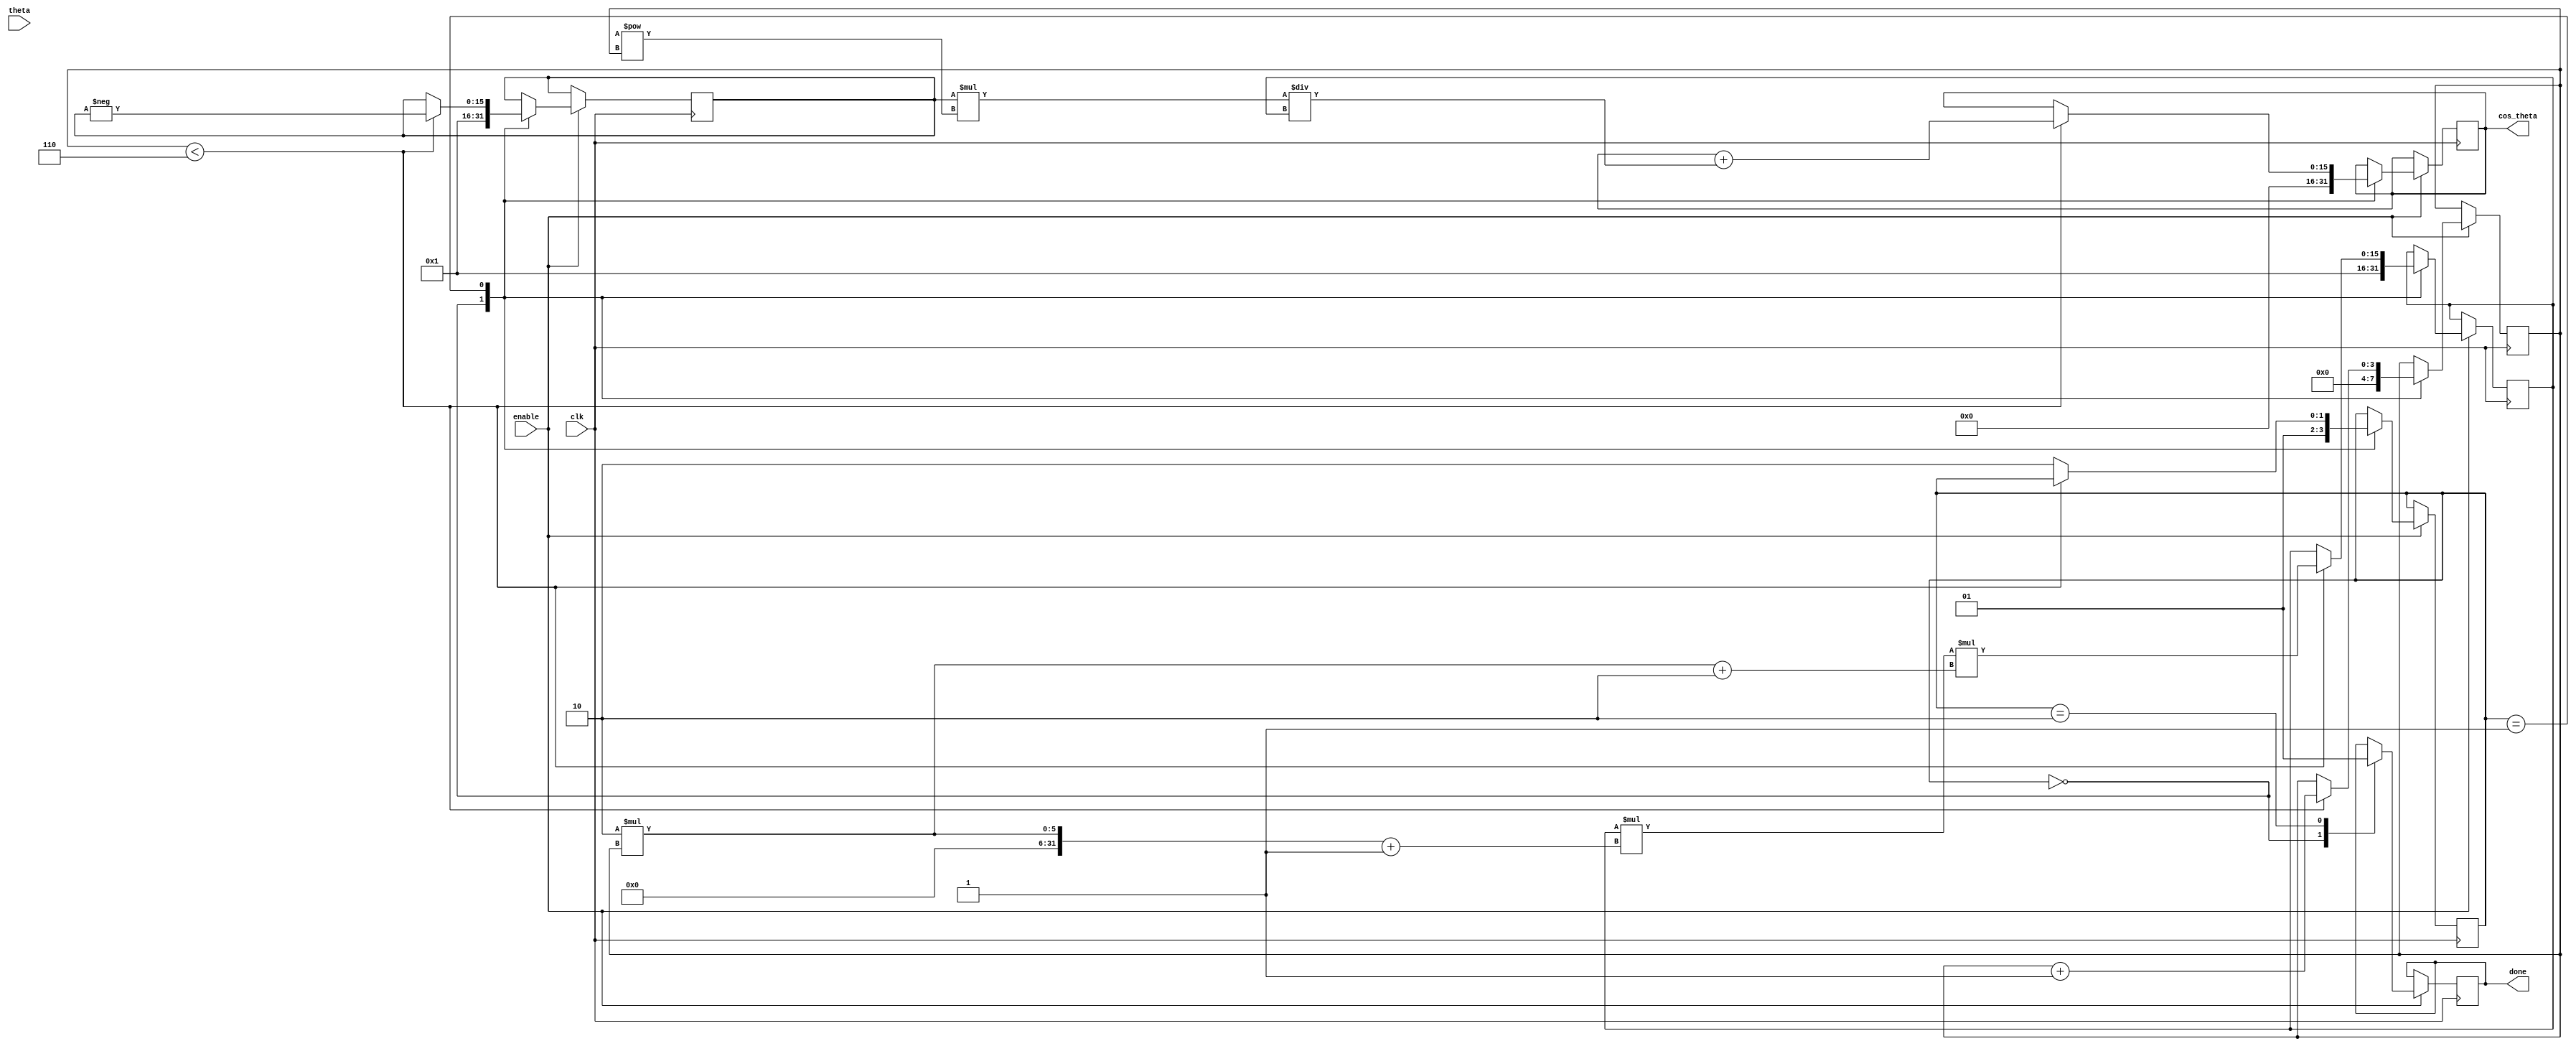
module cosine_block (
    input wire clk,                // Clock signal
    input wire enable,             // Enable signal
    input wire [15:0] theta,       // Input angle in radians (fixed-point)
    output reg [15:0] cos_theta,   // Output cosine value (fixed-point)
    output reg done                // Done signal
);

    // Parameters
    parameter N_TERMS = 6;         // Number of Taylor series terms
    parameter MAX_ITER = 100;       // Max iterations for convergence in CORDIC if used
    parameter PI = 16'h3243;       // Fixed-point representation of  (approximately 3.14159)
    
    // Internal registers
    reg [15:0] term;
    reg [15:0] x;                  // x for Taylor series
    reg [15:0] x_squared;          // x^2
    reg [3:0] n;                   // Series term counter
    reg [1:0] state;               // State machine for processing
    reg [15:0] factorial;          // Factorial value for Taylor series
    reg [15:0] sign;               // Alternating sign

    // State machine definition
    localparam IDLE = 2'b00;
    localparam CALC = 2'b01;
    localparam DONE = 2'b10;

    // Initial state
    initial begin
        cos_theta = 0;
        done = 0;
        state = IDLE;
        n = 0;
        sign = 16'h1; // Start with +1
        factorial = 16'h1; // 0! = 1
        x = theta; // Use the input angle
        x_squared = (theta * theta) >> 16; // x^2 for the first term, adjust as necessary
    end

    // Main process
    always @(posedge clk) begin
        if (enable) begin
            case (state)
                IDLE: begin
                    // Reset state and variables
                    cos_theta <= 0;
                    n <= 0;
                    factorial <= 1;
                    sign <= 1;
                    state <= CALC;
                    done <= 0;
                end
                CALC: begin
                    // Calculate term for Taylor series
                    if (n < N_TERMS) begin
                        // Calculate current term
                        // term = (-1)^n * (x^2n) / (2n)!
                        term = (sign * (x_squared ** n)) / factorial;

                        // Update cos_theta with the new term
                        cos_theta <= cos_theta + term;

                        // Update factorial for next term (2n)!
                        factorial = factorial * (2*n+1) * (2*n+2);
                        sign = -sign; // Alternate sign
                        n = n + 1; // Move to the next term
                    end else begin
                        // All terms computed
                        state <= DONE;
                    end
                end
                DONE: begin
                    done <= 1; // Indicate computation is done
                end
            endcase
        end
    end
endmodule